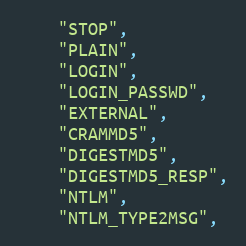
Language: C
    "STOP",
    "PLAIN",
    "LOGIN",
    "LOGIN_PASSWD",
    "EXTERNAL",
    "CRAMMD5",
    "DIGESTMD5",
    "DIGESTMD5_RESP",
    "NTLM",
    "NTLM_TYPE2MSG",